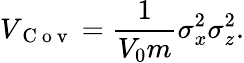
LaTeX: V_{\mathrm{~C~o~v~}}=\frac{1}{V_{0}m}\sigma_{x}^{2}\sigma_{z}^{2}.